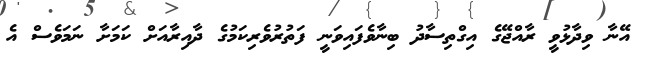
އޭނާ ވިދާޅުވީ ރާއްޖޭގެ އިގްތިސާދު ބިނާވެފައިވަނީ ފަތުރުވެރިކަމުގެ ދާއިރާއަށް ކަމަށާ ނަމަވެސް އެ